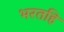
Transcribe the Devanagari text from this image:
भरतहि